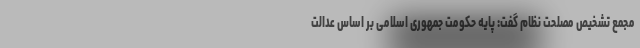
مجمع تشخیص مصلحت نظام گفت: پایه حکومت جمهوری اسلامی بر اساس عدالت